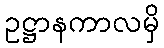
ဥဋ္ဌာနကာလမှိ